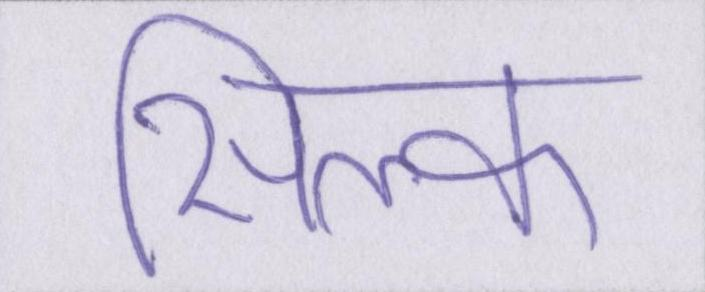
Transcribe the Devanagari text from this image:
सिल्क